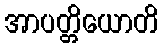
အာပတ္တိယောတိ